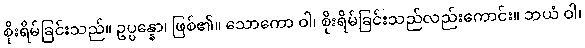
စိုးရိမ်ခြင်းသည်။ ဥပ္ပန္နော၊ ဖြစ်၏။ သောကော ဝါ၊ စိုးရိမ်ခြင်းသည်လည်းကောင်း။ ဘယံ ဝါ၊